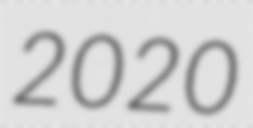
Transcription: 2020